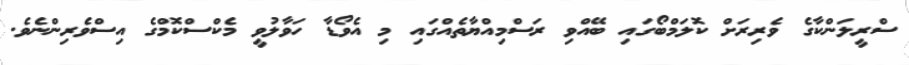
ސްރީލަންކާގެ ވެރިރަށް ކޮލަމްބޯގައި ބޭއްވި ރަސްމިއްޔާތެއްގައި މި އެވޯޑާ ހަވާލުވީ މެކްސްކޮމްގެ އިސްވެރިންނެވެ.